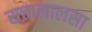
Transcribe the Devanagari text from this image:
सत्तालालसा